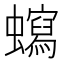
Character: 𧓺